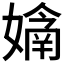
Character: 𭒙